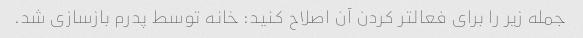
جمله زیر را برای فعالتر کردن آن اصلاح کنید: خانه توسط پدرم بازسازی شد.